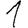
Digit: 1